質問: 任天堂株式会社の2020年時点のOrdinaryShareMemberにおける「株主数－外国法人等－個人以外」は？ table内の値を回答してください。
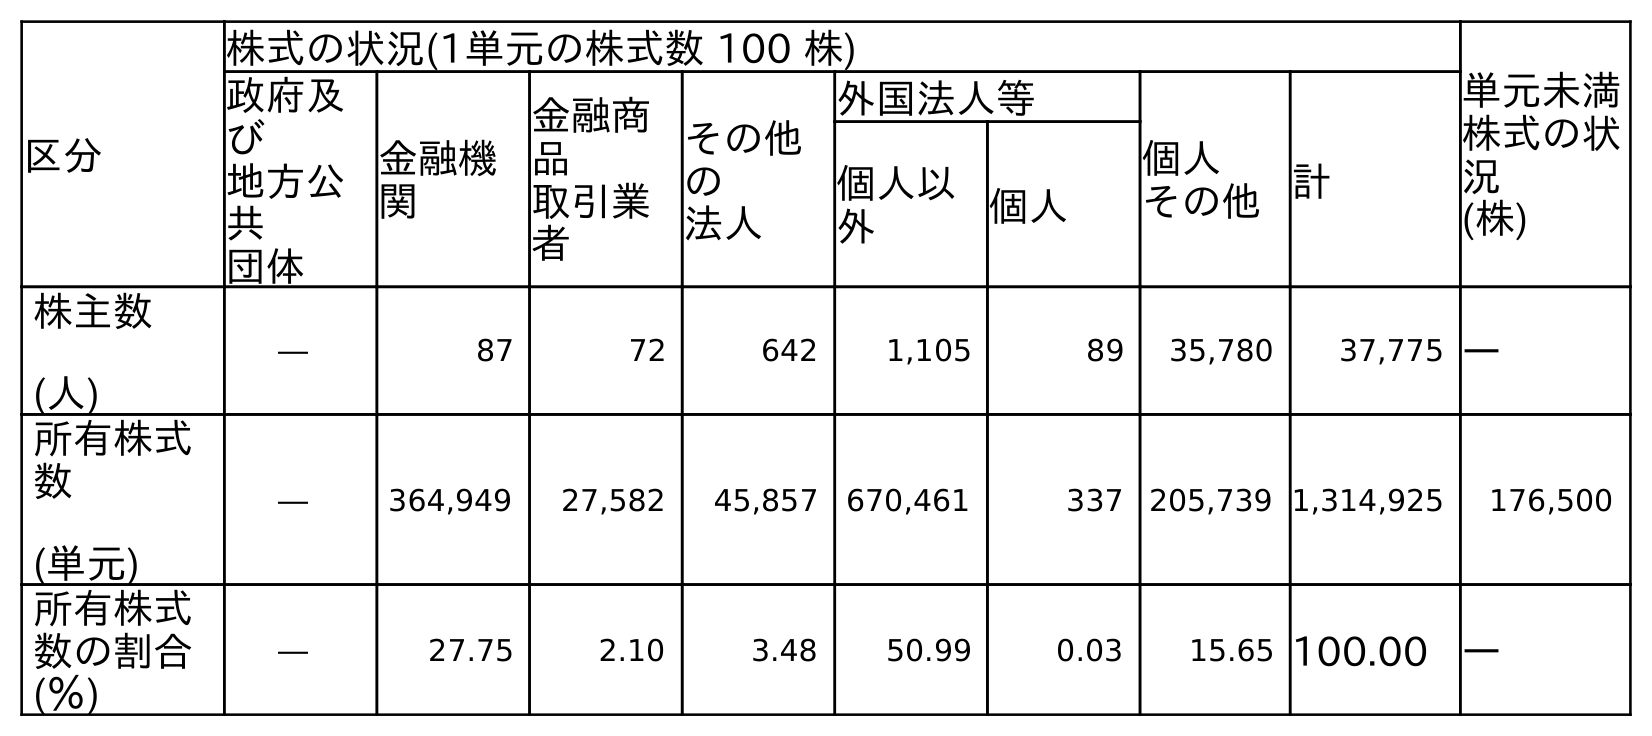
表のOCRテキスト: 区分 株式の状況(1単元の株式数 100 株) 単元未満 株式の状 況 (株) 政府及 び 地方公 共 団体 金融機 関 金融商 品 取引業 者 その他 の 法人 外国法人等 個人 その他計 個人以 外 個人 株主数 (人) ― 87 72 642 1,105 89 35,780 37,775 ― 所有株式 数 (単元) ― 364,949 27,582 45,857 670,461 337 205,739 1,314,925 176,500 所有株式 数の割合 (％) ― 27.75 2.10 3.48 50.99 0.03 15.65 100.00 ―
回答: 1,105